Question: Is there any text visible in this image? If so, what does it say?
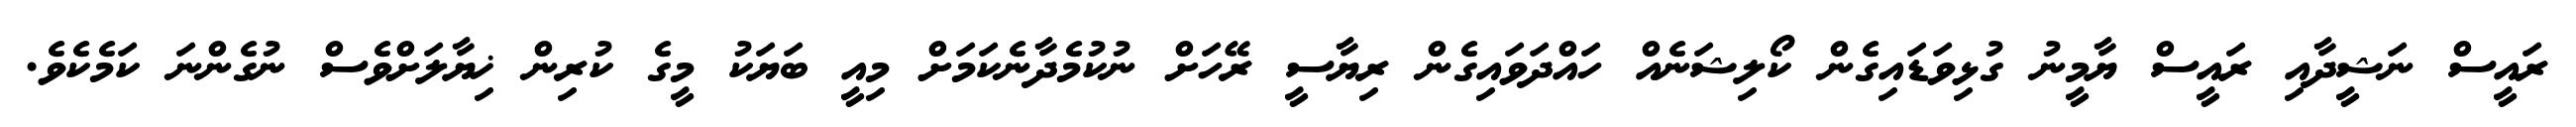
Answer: ރައީސް ނަޝީދާއި ރައީސް ޔާމީނު ގުޅިވަޑައިގެން ކޯލިޝަނެއް ހައްދަވައިގެން ރިޔާސީ ރޭހަށް ނުކުމެދާނެކަމަށް މިއީ ބަޔަކު މީގެ ކުރިން ޚިޔާލަށްވެސް ނުގެންނަ ކަމެކެވެ.